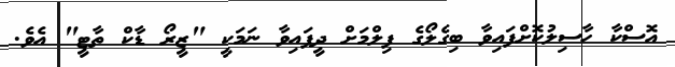
އޮސްކާ ހާސިލުކޮށްފައިވާ ބިގެލޯގެ ފިލްމަށް ދީފައިވާ ނަމަކީ "ޒީރޯ ޑާކް ތާޓީ" އެވެ.